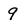
Character: 9